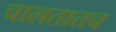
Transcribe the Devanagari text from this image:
चालतातच